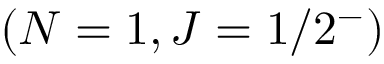
( N = 1 , J = 1 / 2 ^ { - } )